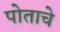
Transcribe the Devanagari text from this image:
पोताचे